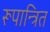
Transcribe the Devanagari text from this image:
रूपान्त्रित